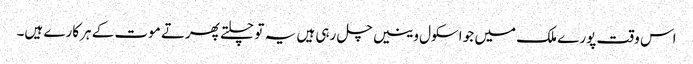
اس وقت پورے ملک میں جو اسکول وینیں چل رہی ہیں یہ تو چلتے پھرتے موت کے ہرکارے ہیں۔